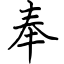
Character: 奉